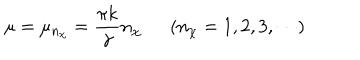
\mu = \mu _ { n _ { \chi } } = \frac { \pi k } { \gamma } n _ { \chi } ( n _ { \chi } = 1 , 2 , 3 , \cdots )